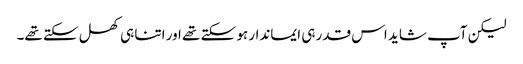
لیکن آپ شاید اس قدر ہی ایماندار ہو سکتے تھے اور اتنا ہی کھل سکتے تھے۔